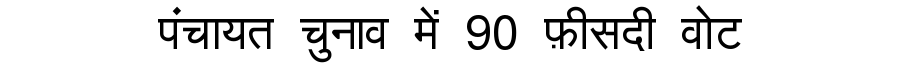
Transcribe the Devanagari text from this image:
पंचायत चुनाव में 90 फ़ीसदी वोट